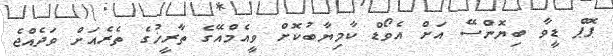
ޕޮޕް ޑީވާ ބިޔޮންސޭ އަށް އެވޯޑް ކާމިޔާބުކޮށް ވީއެމްއޭގެ ތާރީޚުގެ ތެރެއަށް ވަދެއްޖެ